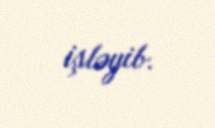
işləyib.